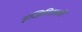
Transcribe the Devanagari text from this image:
इंजिनिअरची